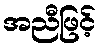
အညီဖြင့်